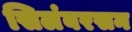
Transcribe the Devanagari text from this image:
सिलंबरसन